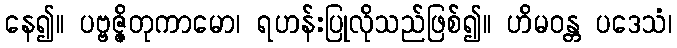
နေ၍။ ပဗ္ဗဇ္ဇိတုကာမော၊ ရဟန်းပြုလိုသည်ဖြစ်၍။ ဟိမဝန္တ ပဒေသံ၊